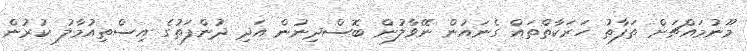
މޫނުމައްޗަށް ތަފާތު ހަރަކާތްތައް ގެނައުން ނޭވާލުން ބޮސްދިނުން އަދި ދުންފަތުގެ އިސްތިއުމާލު ކުރުން